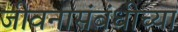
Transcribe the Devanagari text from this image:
जीवनासंबंधीच्या